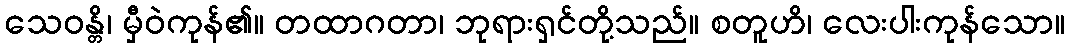
သေဝန္တိ၊ မှီဝဲကုန်၏။ တထာဂတာ၊ ဘုရားရှင်တို့သည်။ စတူဟိ၊ လေးပါးကုန်သော။